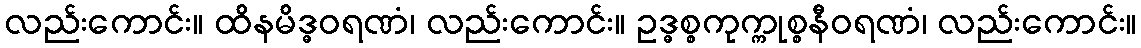
လည်းကောင်း။ ထိနမိဒ္ဓဝရဏံ၊ လည်းကောင်း။ ဥဒ္ဓစ္စကုက္ကုစ္စနီဝရဏံ၊ လည်းကောင်း။